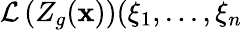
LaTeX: \mathcal{L}\left(Z_{g}(\mathbf{x})\right)(\xi_{1},...,\xi_{n}